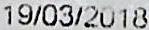
19/03/2018